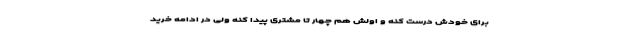
برای خودش درست کنه و اولش هم چهار تا مشتری پیدا کنه ولی در ادامه خرید